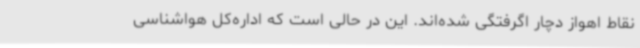
نقاط اهواز دچار اگرفتگی شده‌اند. این در حالی است که اداره‌کل هواشناسی